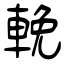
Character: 輓